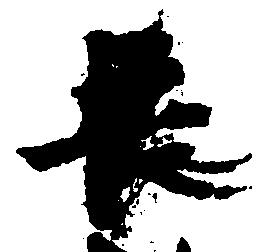
長